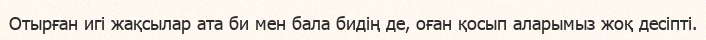
Отырған игі жақсылар ата би мен бала бидің де, оған қосып аларымыз жоқ десіпті.